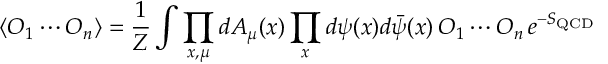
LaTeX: \langle O _ { 1 } \cdots O _ { n } \rangle = \frac { 1 } { Z } \int \prod _ { x , \mu } d A _ { \mu } ( x ) \prod _ { x } d \psi ( x ) d \bar { \psi } ( x ) \, O _ { 1 } \cdots O _ { n } \, e ^ { - S _ { \mathrm { Q C D } } }